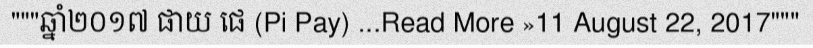
"""ឆ្នាំ២០១៧ ផាយ ផេ (Pi Pay) ...Read More »11 August 22, 2017"""